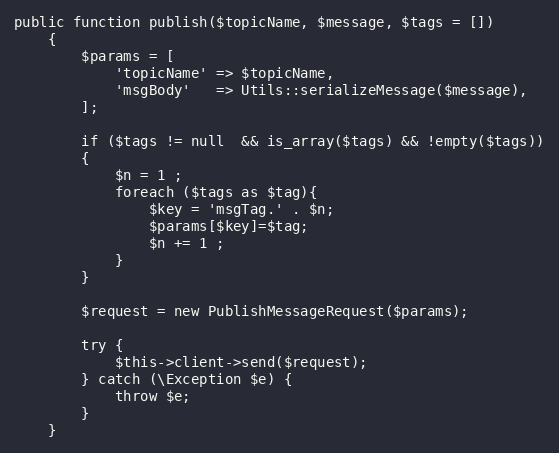
Language: PHP
public function publish($topicName, $message, $tags = [])
    {
        $params = [
            'topicName' => $topicName,
            'msgBody'   => Utils::serializeMessage($message),
        ];

        if ($tags != null  && is_array($tags) && !empty($tags))
        {
            $n = 1 ;
            foreach ($tags as $tag){
                $key = 'msgTag.' . $n;
                $params[$key]=$tag;
                $n += 1 ;
            }
        }

        $request = new PublishMessageRequest($params);

        try {
            $this->client->send($request);
        } catch (\Exception $e) {
            throw $e;
        }
    }